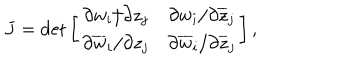
J = \det \left[ \begin{array} { c c } { { \partial w _ { i } / \partial z _ { j } } } & { { \partial w _ { i } / \partial \overline { { { z } } } _ { j } } } \\ { { \partial \overline { { { w } } } _ { i } / \partial z _ { j } } } & { { \partial \overline { { { w } } } _ { i } / \partial \overline { { { z } } } _ { j } } } \\ \end{array} \right] ,